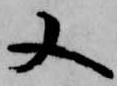
又